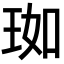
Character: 𬍣